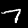
Digit: 7